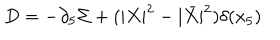
D = - \partial _ { 5 } \Sigma + ( | X | ^ { 2 } - | \bar { X } | ^ { 2 } ) \delta ( x _ { 5 } )